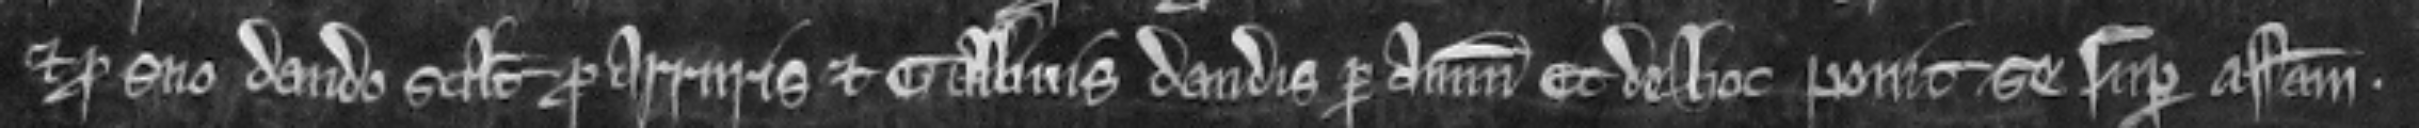
et pro suo dando scilicet pro arruris et gallinis dandis per annum. Et de hoc point se super assisam.